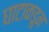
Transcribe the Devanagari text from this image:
घाटाकडून